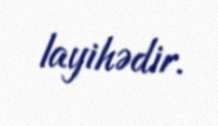
layihədir.